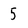
Character: 5